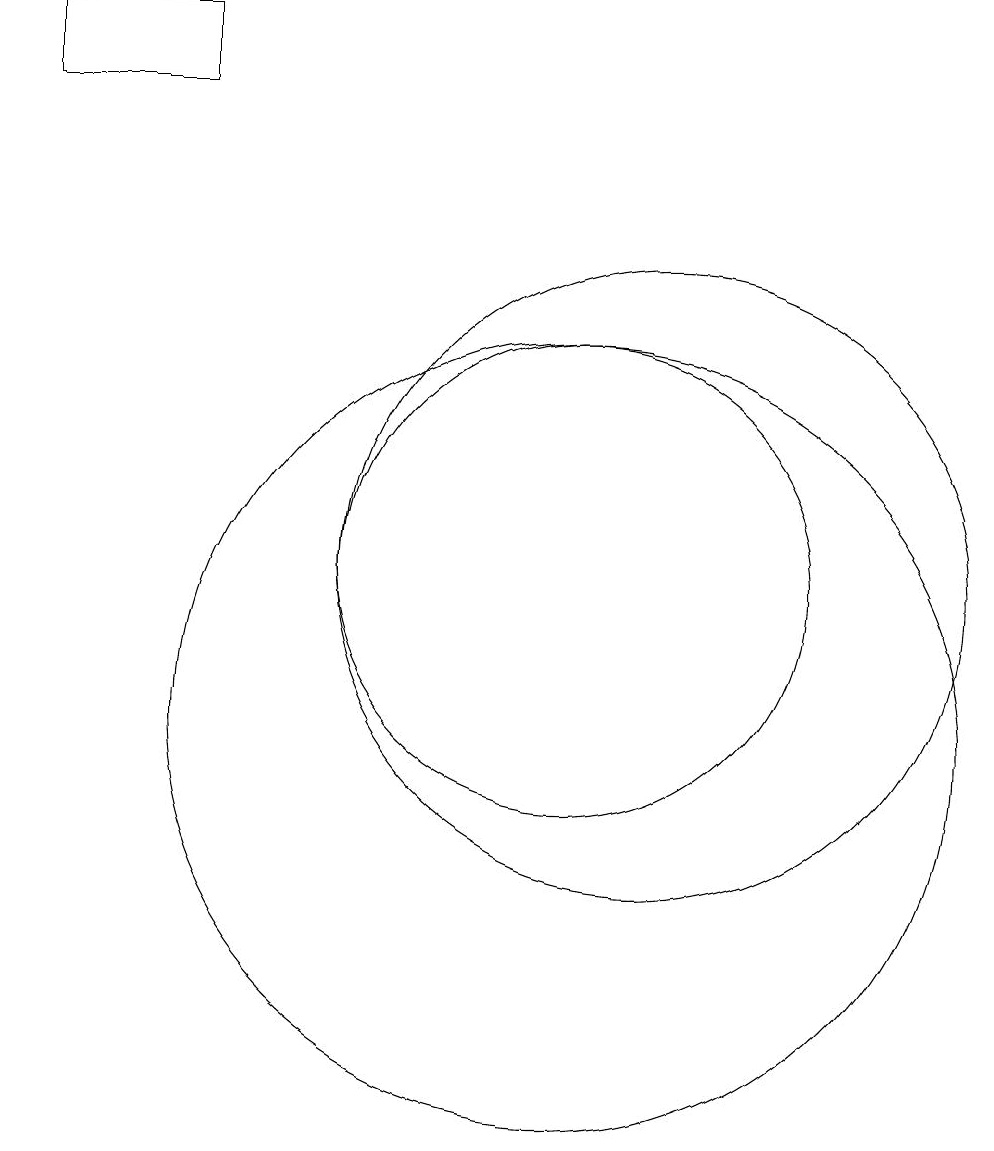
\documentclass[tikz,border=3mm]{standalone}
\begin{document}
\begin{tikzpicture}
\draw (10,10) circle (5);
\draw (10,12) circle (3);
\draw (5,19) rectangle (3,18);
\draw (11,12) circle (4);
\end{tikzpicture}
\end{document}